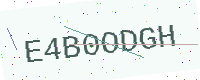
Text: E4B0ODGH